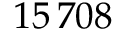
1 5 \, 7 0 8